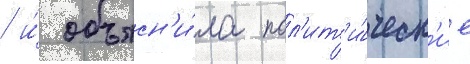
/ и́ объясн'и́ла пол'ит'и́ческ'ие